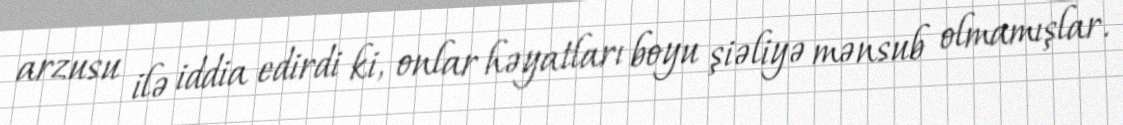
arzusu ilə iddia edirdi ki, onlar həyatları boyu şiəliyə mənsub olmamışlar.